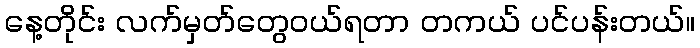
နေ့တိုင်း လက်မှတ်တွေဝယ်ရတာ တကယ် ပင်ပန်းတယ်။